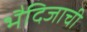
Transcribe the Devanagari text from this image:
भैदिजाची